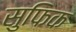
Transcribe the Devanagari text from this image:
सुफिक